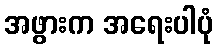
အဖွားက အရေးပါပုံ